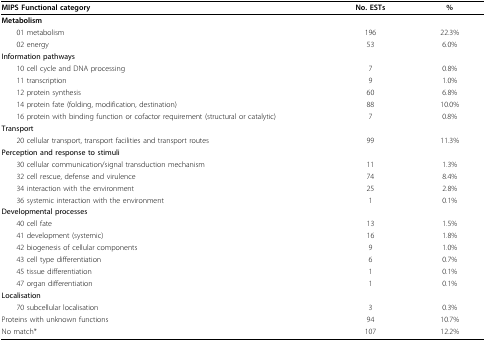
| MIPS Functional category | No. ESTs | % |
 | --- | --- | --- |
 | Metabolism |  |  |
 | 01 metabolism | 196 | 22.3% |
 | 02 energy | 53 | 6.0% |
 | Information pathways |  |  |
 | 10 cell cycle and DNA processing | 7 | 0.8% |
 | 11 transcription | 9 | 1.0% |
 | 12 protein synthesis | 60 | 6.8% |
 | 14 protein fate (folding, modification, destination) | 88 | 10.0% |
 | 16 protein with binding function or cofactor requirement (structural or catalytic) | 7 | 0.8% |
 | Transport |  |  |
 | 20 cellular transport, transport facilities and transport routes | 99 | 11.3% |
 | Perception and response to stimuli |  |  |
 | 30 cellular communication/signal transduction mechanism | 11 | 1.3% |
 | 32 cell rescue, defense and virulence | 74 | 8.4% |
 | 34 interaction with the environment | 25 | 2.8% |
 | 36 systemic interaction with the environment | 1 | 0.1% |
 | Developmental processes |  |  |
 | 40 cell fate | 13 | 1.5% |
 | 41 development (systemic) | 16 | 1.8% |
 | 42 biogenesis of cellular components | 9 | 1.0% |
 | 43 cell type differentiation | 6 | 0.7% |
 | 45 tissue differentiation | 1 | 0.1% |
 | 47 organ differentiation | 1 | 0.1% |
 | Localisation |  |  |
 | 70 subcellular localisation | 3 | 0.3% |
 | Proteins with unknown functions | 94 | 10.7% |
 | No match* | 107 | 12.2% |